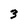
Character: 3